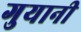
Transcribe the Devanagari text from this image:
गुयानी